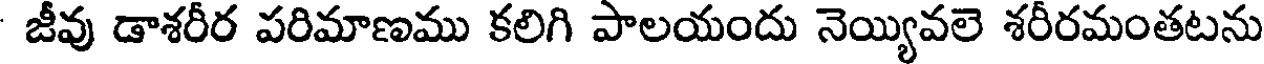
జీవు డాశరీర పరిమాణము కలిగి పాలయందు నెయ్యివలె శరీరమంతటను